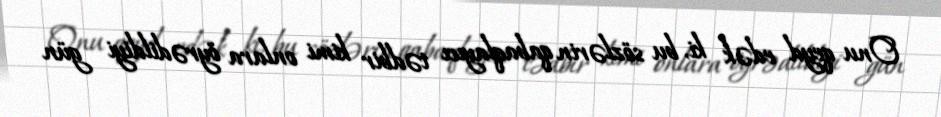
Onu qeyd edək ki, bu sözlərin qabaqlayıcı tədbir kimi onlara öyrədildiyi gün